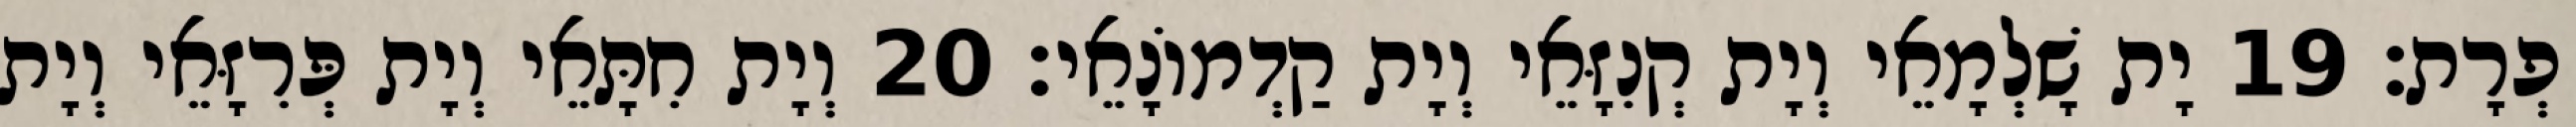
פְרָת׃ 19 יָת שָׁלְמָאֵי וְיָת קְנִזָּאֵי וְיָת קַדְמוֹנָאֵי׃ 20 וְיָת חִתָּאֵי וְיָת פְּרִזָּאֵי וְיָת